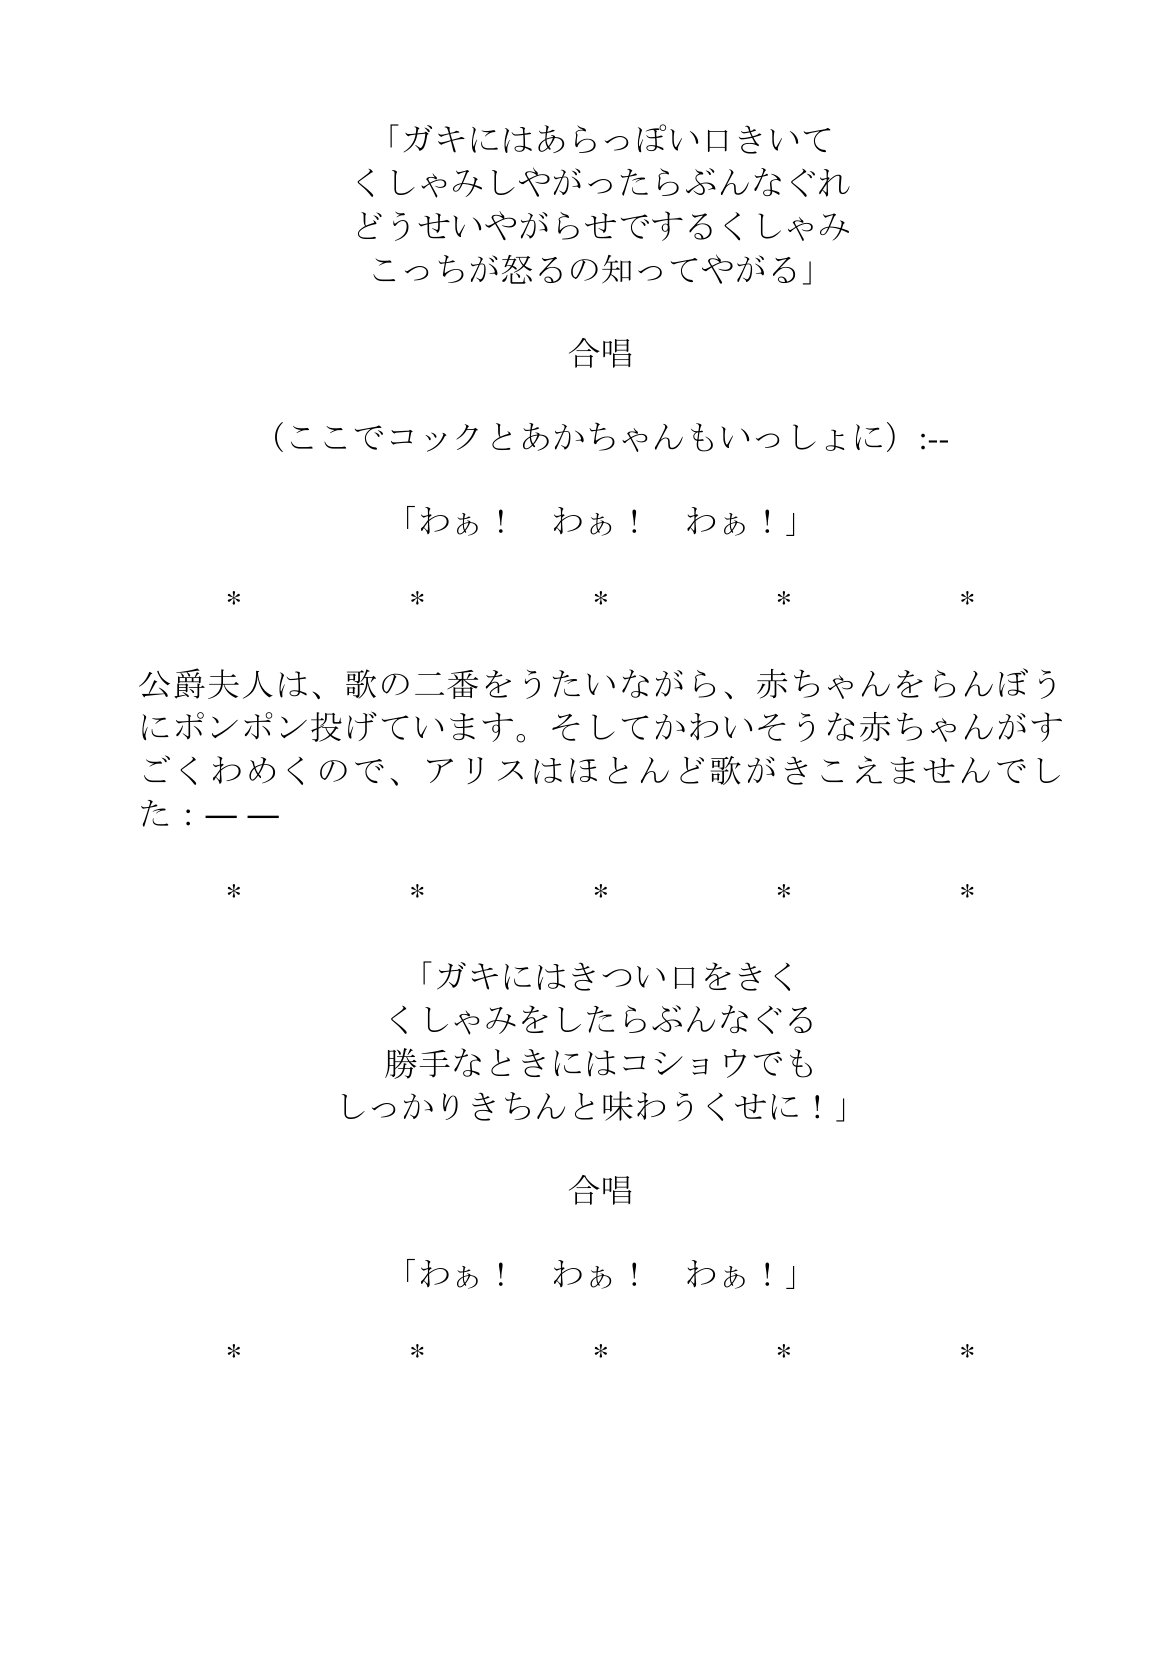
Language: ja